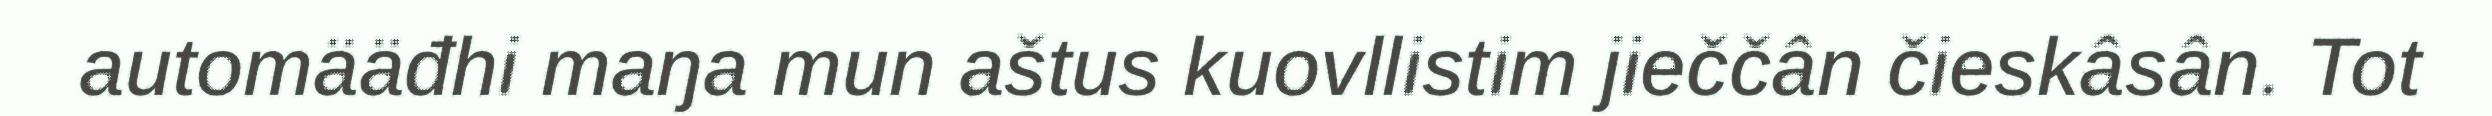
automääđhi maŋa mun aštus kuovllistim jieččân čieskâsân. Tot